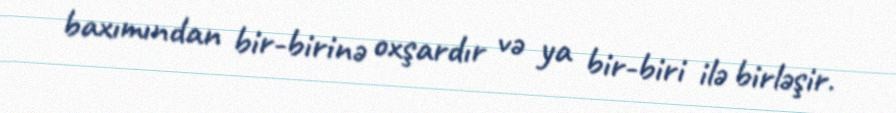
baxımından bir-birinə oxşardır və ya bir-biri ilə birləşir.